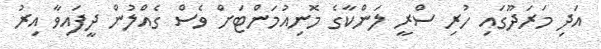
އަދި މަރަދޫގައި ހުރި ސްރީ ލަންކާގެ މޮނިއުމަންޓަށް ވެސް ގެއްލުން ދީފައިވާ އިރު